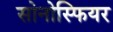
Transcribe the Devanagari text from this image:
सोनोस्फियर